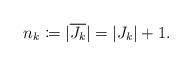
LaTeX: \begin{align*} n_k \coloneqq |\overline{J_k}|=|J_k|+1 .\end{align*}